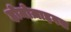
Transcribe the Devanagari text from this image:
होमोज़ाइगस